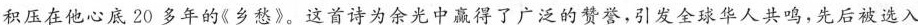
积压在他心底20多年的《乡愁》。这首诗为余光中赢得了广泛的赞誉，引发全球华人共鸣，先后被选入